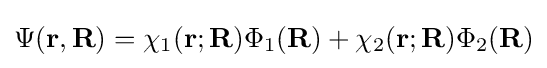
\Psi (\mathbf {r} ,\mathbf {R} )=\chi _{1}(\mathbf {r} ;\mathbf {R} )\Phi _{1}(\mathbf {R} )+\chi _{2}(\mathbf {r} ;\mathbf {R} )\Phi _{2}(\mathbf {R} )